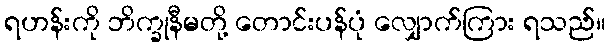
ရဟန်းကို ဘိက္ခုနီမတို့ တောင်းပန်ပုံ လျှောက်ကြား ရသည်။